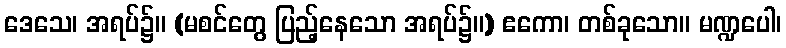
ဒေသေ၊ အရပ်၌။ (မစင်တွေ ပြည့်နေသော အရပ်၌။) ဧကော၊ တစ်ခုသော။ မဏ္ဍပေါ၊